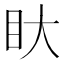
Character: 𭾚